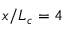
x / L _ { c } = 4